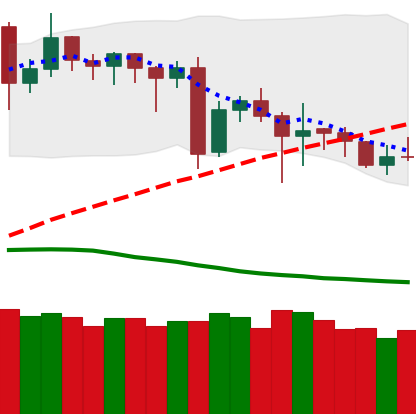
Ticker: DOGE-USD
Chart end date: 2020-06-21
Forward return: -3.596%
Label: down_3_5